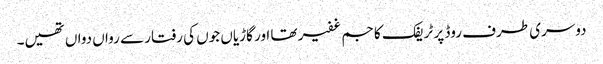
دوسری طرف روڈ پر ٹریفک کا جم غفیر تھا اور گاڑیاں جوں کی رفتار سے رواں دواں تھیں۔